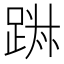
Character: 𨁕